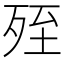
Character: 𣨂